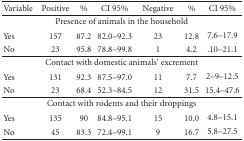
| Variable | Positive | % | CI 95% | Negative | % | CI 95% |
 | --- | --- | --- | --- | --- | --- | --- |
 | <COLSPAN=7> Presence of animals in the household |
 | Yes | 157 | 87.2 | 82.0–92.3 | 23 | 12.8 | 7.6–17.9 |
 | No | 23 | 95.8 | 78.8–99.8 | 1 | 4.2 | .10–21.1 |
 | <COLSPAN=7> Contact with domestic animals' excrement |
 | Yes | 131 | 92.3 | 87.5–97.0 | 11 | 7.7 | 2–9–12.5 |
 | No | 23 | 68.4 | 52.3–84.5 | 12 | 31.5 | 15.4–47.6 |
 | <COLSPAN=7> Contact with rodents and their droppings |
 | Yes | 135 | 90 | 84.8–95.1 | 15 | 10.0 | 4.8–15.1 |
 | No | 45 | 83.3 | 72.4–99.1 | 9 | 16.7 | 5.8–27.5 |